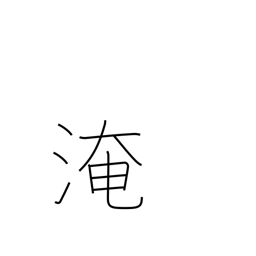
Meaning: immerse